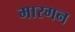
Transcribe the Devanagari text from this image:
मारगन